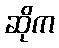
ဆိုက